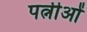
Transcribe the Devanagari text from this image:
पत्नीओं